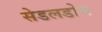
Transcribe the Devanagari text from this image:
सेडलडोम